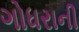
ગોધરાની